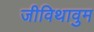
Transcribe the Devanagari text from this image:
जीविथावुम